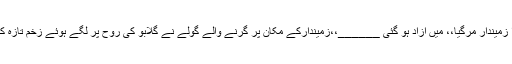
اچھا ہوا زمیندار مرگیا،، میں آزاد ہو گئی ______،،زمیندارکے مکان پر گرنے والے گولے نے گلابو کی روح پر لگے ہوئے زخم تازہ کر دئے۔